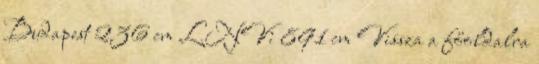
Budapest 236 cm LNV: 891 cm Vissza a főoldalra